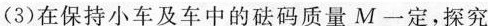
(3)在保持小车及车中的砝码质量M一定，探究